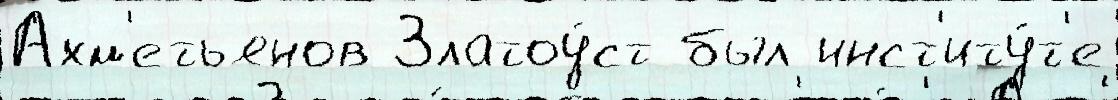
Ахм'етьянов Златоу́ст был инст'иту́т'е